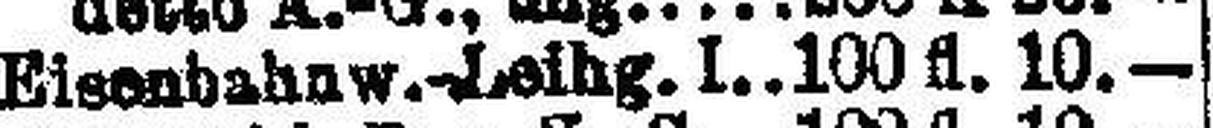
Eisenbahnw.-Leihg. I. 100 fl. 10.—